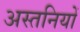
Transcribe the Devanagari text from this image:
अस्तनियों